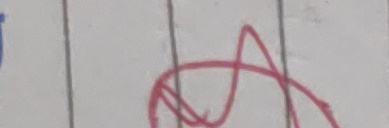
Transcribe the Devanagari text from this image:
आ